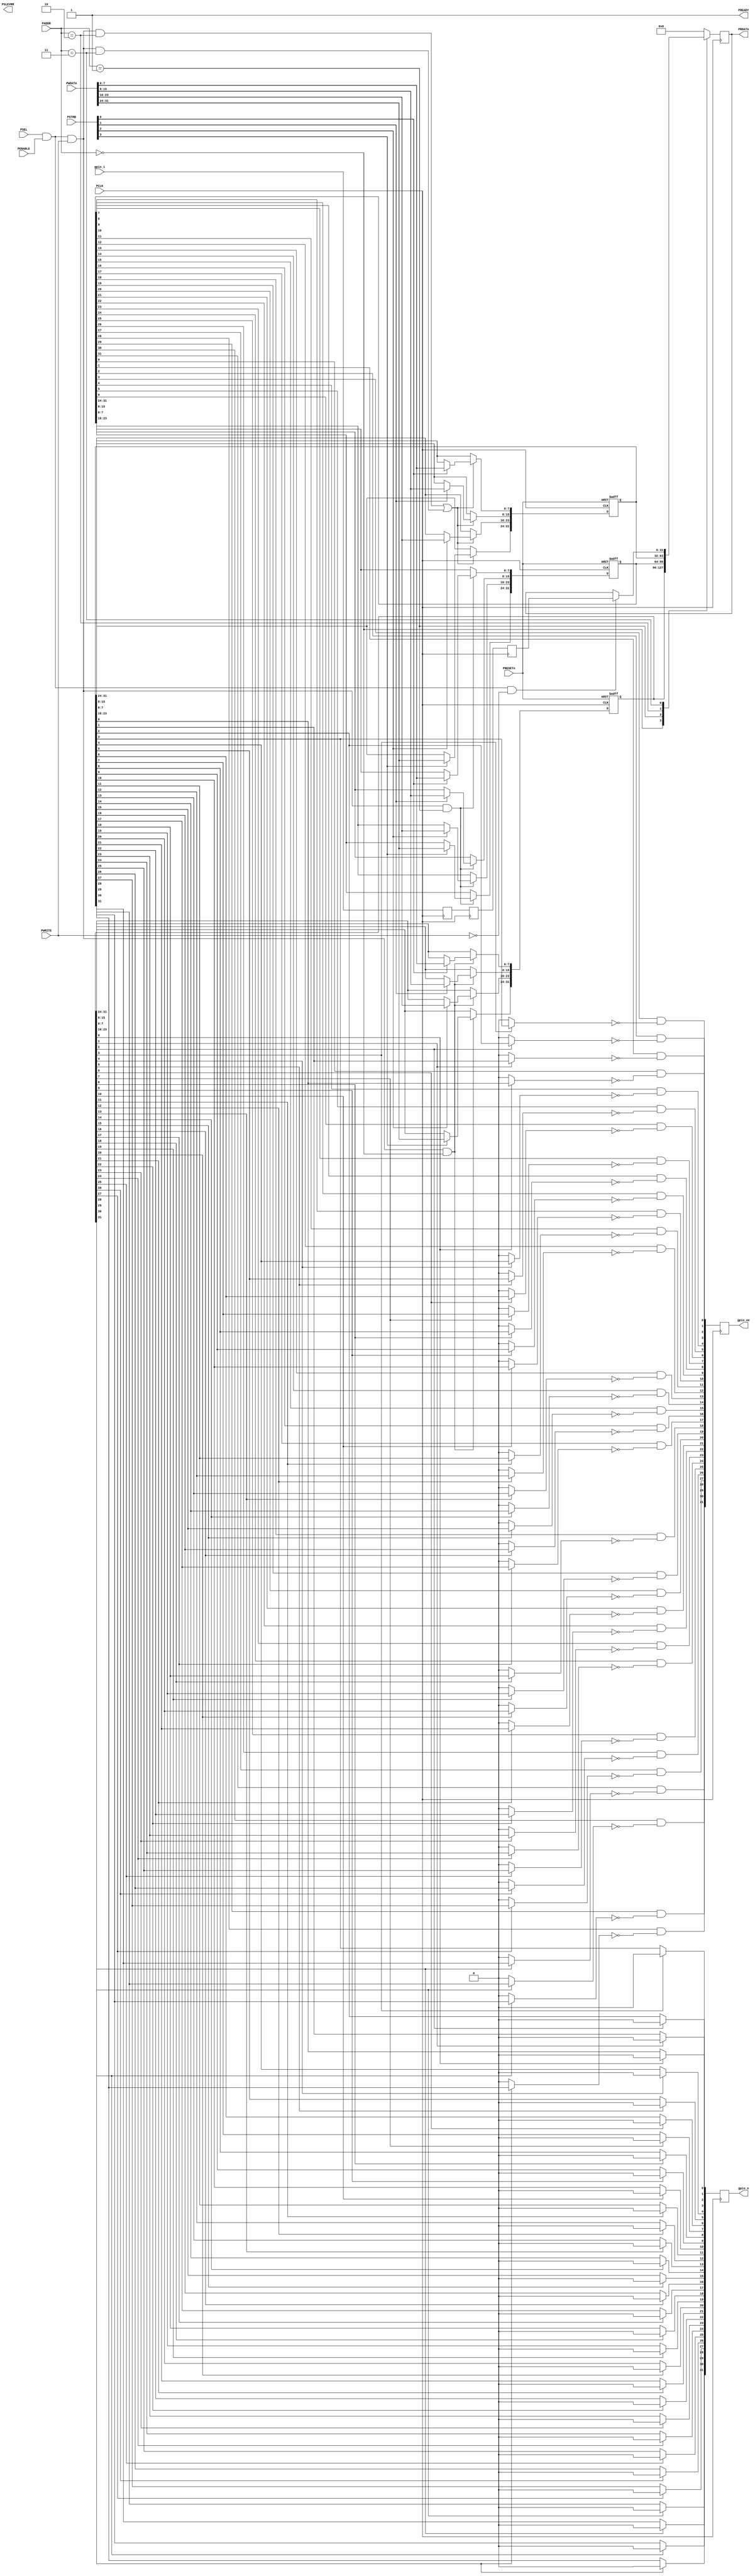
//                APB4 GPIO                                        //
//                                                                 //
/////////////////////////////////////////////////////////////////////
//                                                                 //
//                Mina Mounir Farid Gendi 1901384                  //
//                                                                 //
//                                                                 //
//   Standard File Header Section  -------
// DEPARTMENT     :
// AUTHOR'S EMAIL : 1901384@eng.asu.edu.eg
// ------------------------------------------------------------------
// RELEASE HISTORY
// VERSION DATE        AUTHOR      DESCRIPTION
// 1.0     2022-22-12  Mina Mounir  initial release
// ------------------------------------------------------------------
// KEYWORDS : AMBA APB4 General Purpose IO GPIO     
// ------------------------------------------------------------------
// PURPOSE  : General purpose IO          
// ------------------------------------------------------------------
// PARAMETERS
//  PARAM NAME        RANGE    DESCRIPTION              DEFAULT UNITS
//  PDATA_SIZE        1+       Databus (and GPIO) size  8       bits
// ------------------------------------------------------------------
// REUSE ISSUES 
//   Reset Strategy      : external asynchronous active low; PRESETn
//   Clock Domains       : PCLK, rising edge
//   Critical Timing     : 
//   Test Features       : na
//   Asynchronous I/F    : no
//   Scan Methodology    : na
//   Instantiations      : na
//   Synthesizable (y/n) : Yes
//   Other               :                                         
// -FHDR-------------------------------------------------------------


/*
 * address  description         comment
 * ------------------------------------------------------------------
 * 0x0      mode register       0=push-pull
 *                              1=open-drain
 * 0x1      direction register  0=input
 *                              1=output
 * 0x2      output register     mode-register=0? 0=drive pad low
 *                                               1=drive pad high
 *                              mode-register=1? 0=drive pad low
 *                                               1=open-drain
 * 0x3      input register      returns data at pad
  */

module apb_gpio1 (PRESETn,PCLK,PSEL,PENABLE,PADDR,PWRITE,PSTRB,PWDATA,PRDATA,PREADY,PSLEVRR,gpio_i,gpio_o,gpio_oe);
	parameter PDATA_SIZE = 32 ,PADDR_SIZE = 4; //must be multiple of 8
	localparam MODE = 0,DIRECTION = 1,OUTPUT= 2,INPUT= 3, INPUT_STAGES = 2;
	input PRESETn, PCLK, PENABLE, PWRITE,PSEL;
	input[PADDR_SIZE-1:0] PADDR;
	input[PDATA_SIZE/8-1:0] PSTRB;
	input[PDATA_SIZE-1:0] PWDATA, gpio_i;
	output reg[PDATA_SIZE-1:0]PRDATA,gpio_o,gpio_oe;
	output PREADY, PSLEVRR ;
	reg[PDATA_SIZE-1:0]input_regs[0:INPUT_STAGES-1] ,dir_reg,out_reg,in_reg, mode_reg ;
	integer i ,j,k;
  
	 //The core supports zero-wait state accesses on all transfers.
  //It is allowed to drive PREADY with a hard wired signal
	assign PREADY  = 1'b1; //always ready
	assign PSLVERR = 1'b0; //Never an error
	//APB write to Mode register
  always @(posedge PCLK,negedge PRESETn)
    if      (!PRESETn) mode_reg <= {PDATA_SIZE{1'b0}};
    else if (PSEL & PENABLE & PWRITE & (PADDR == MODE)) begin
			mode_reg[7:0] = PSTRB[0] ? PWDATA[7:0] : mode_reg[7:0];
			mode_reg[15:8] = PSTRB[1] ? PWDATA[15:8] : mode_reg[15:8];
			mode_reg[23:16] = PSTRB[2] ? PWDATA[23:16] : mode_reg[23:16];
			mode_reg[31:24] = PSTRB[3] ? PWDATA[31:24] : mode_reg[31:24];
		end	

	always @(posedge PCLK,negedge PRESETn)
		if      (!PRESETn                   ) dir_reg <= {PDATA_SIZE{1'b0}};
		else if (PSEL & PENABLE & PWRITE & (PADDR == DIRECTION)) begin
			dir_reg[7:0] = PSTRB[0] ? PWDATA[7:0] : dir_reg[7:0];
			dir_reg[15:8] = PSTRB[1] ? PWDATA[15:8] : dir_reg[15:8];
			dir_reg[23:16] = PSTRB[2] ? PWDATA[23:16] : dir_reg[23:16];
			dir_reg[31:24] = PSTRB[3] ? PWDATA[31:24] : dir_reg[31:24];
		end	
		
	always @(posedge PCLK,negedge PRESETn) 
    if      (!PRESETn                  ) out_reg <= {PDATA_SIZE{1'b0}};
    else if ( (PSEL & PENABLE & PWRITE & (PADDR == OUTPUT)) || (PSEL & PENABLE & PWRITE & (PADDR == INPUT))) begin
			out_reg[7:0] = PSTRB[0] ? PWDATA[7:0] : out_reg[7:0];
			out_reg[15:8] = PSTRB[1] ? PWDATA[15:8] : out_reg[15:8];
			out_reg[23:16] = PSTRB[2] ? PWDATA[23:16] : out_reg[23:16];
			out_reg[31:24] = PSTRB[3] ? PWDATA[31:24] : out_reg[31:24];
		end	
		
	  /*
   * APB Reads
   */
  always @(posedge PCLK)
    case (PADDR)
	  MODE     : PRDATA <= mode_reg;	
      DIRECTION: PRDATA <= dir_reg;
      OUTPUT   : PRDATA <= out_reg;
      INPUT    : begin 
		if((PSEL & PENABLE & ~PWRITE))
			PRDATA <= in_reg; //add condition
	  end
      default  : PRDATA <= {PDATA_SIZE{1'b0}};
    endcase	
	
	 always @(posedge PCLK)
    for ( k=0; k<INPUT_STAGES; k = k +1)
       if (k==0) input_regs[k] <= gpio_i;
       else      input_regs[k] <= input_regs[k-1];

  always @(posedge PCLK)
    in_reg <= input_regs[INPUT_STAGES-1];
    //my modification
	
		
	 // mode
  // 0=push-pull    drive out_reg value onto transmitter input
  // 1=open-drain   always drive '0' onto transmitter
  always @(posedge PCLK)
    for (i=0; i<PDATA_SIZE; i = i +1)
      gpio_o[i] <= mode_reg[i] ? 1'b0 : out_reg[i];


  // direction  mode          out_reg
  // 0=input                           disable transmitter-enable (output enable)
  // 1=output   0=push-pull            always enable transmitter
  //            1=open-drain  1=Hi-Z   disable transmitter
  //                          0=low    enable transmitter
  always @(posedge PCLK)
    for (j=0; j<PDATA_SIZE; j = j +1 )
      gpio_oe[j] <= dir_reg[j] & ~(mode_reg[j] ? out_reg[j] : 1'b0)	;
endmodule